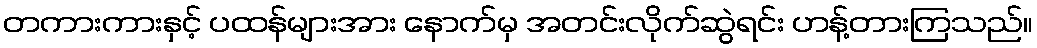
တကားကားနှင့် ပထန်များအား နောက်မှ အတင်းလိုက်ဆွဲရင်း ဟန့်တားကြသည်။